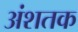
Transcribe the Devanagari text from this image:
अंशतक